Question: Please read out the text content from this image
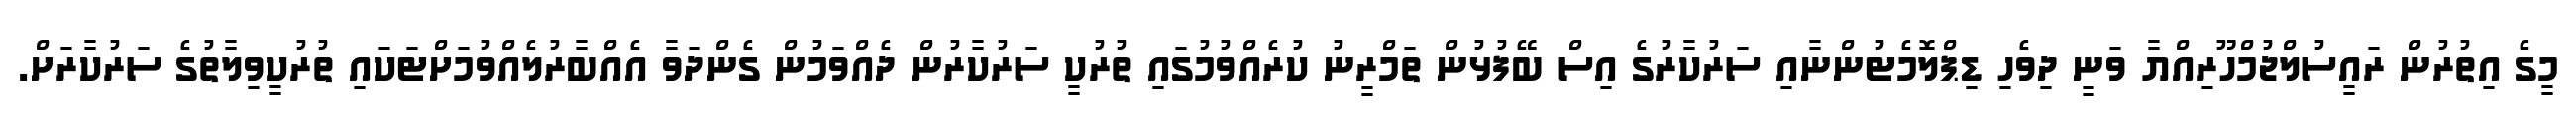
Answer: މީގެ އިތުރުން ރައީސުލްޖުމްހޫރިއްޔާ ވަނީ ދިވެހި ޑިޕްލޮމެޓުންނާއި ސަރުކާރުގެ އިސް ބޭފުޅުން ތަމްރީނު ކުރެއްވުމުގައި ތުރުކީ ސަރުކާރުން ދެއްވަމުން ގެންދަވާ އެއްބާރުލެއްވުމަށްޓަކައި ތުރުކީވިލާތުގެ ސަރުކާރަށް.